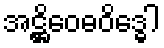
အဋ္ဌိဝေဓဝိဒ္ဓေါ